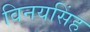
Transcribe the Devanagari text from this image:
विनयसिंह